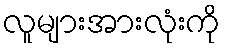
လူများအားလုံးကို